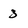
Character: 3